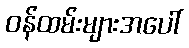
ဝန်ထမ်းများအပေါ်